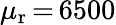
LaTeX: \mu_{\mathrm{r}}\, {=}\, 6500